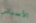
الأسباني